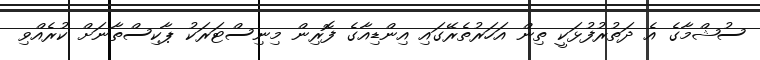
ސުޝްމާގެ އެ ދަތުރުފުޅަކީ ތިން އަހަރުތެރޭގައި އިންޑިއާގެ ފޮރިން މިނިސްޓަރަކު ޕާކިސްތާނަށް ކުރެއްވި